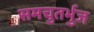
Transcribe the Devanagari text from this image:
समचुतर्भुज